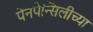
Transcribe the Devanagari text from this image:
पेनपेन्सिलीच्या